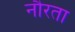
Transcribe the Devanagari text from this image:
नौरता